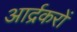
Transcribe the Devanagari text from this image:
आर्द्रकरों